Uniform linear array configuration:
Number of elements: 12
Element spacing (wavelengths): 0.75
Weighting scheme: binomial
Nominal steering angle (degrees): -15
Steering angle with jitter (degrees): -13.491
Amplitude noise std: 0.05
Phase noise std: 0.05

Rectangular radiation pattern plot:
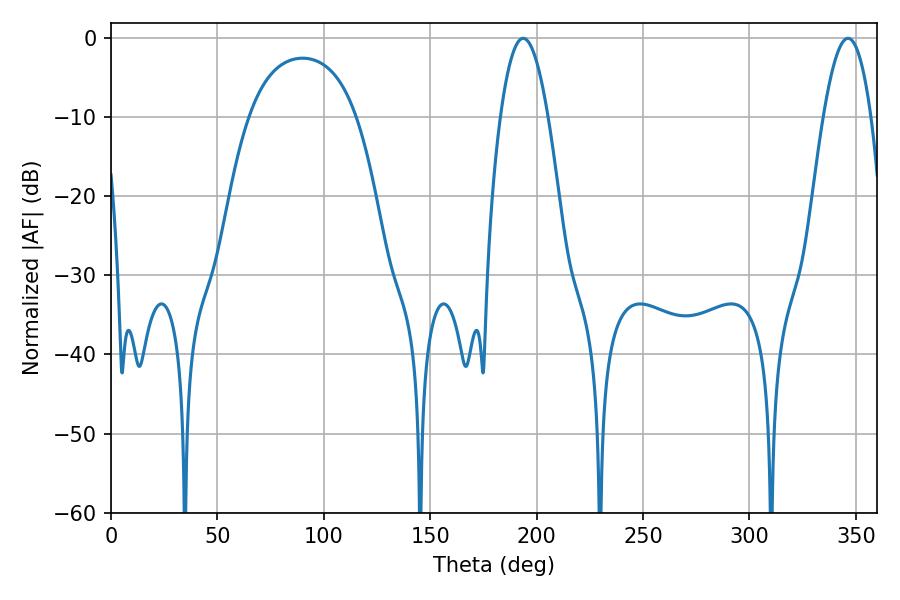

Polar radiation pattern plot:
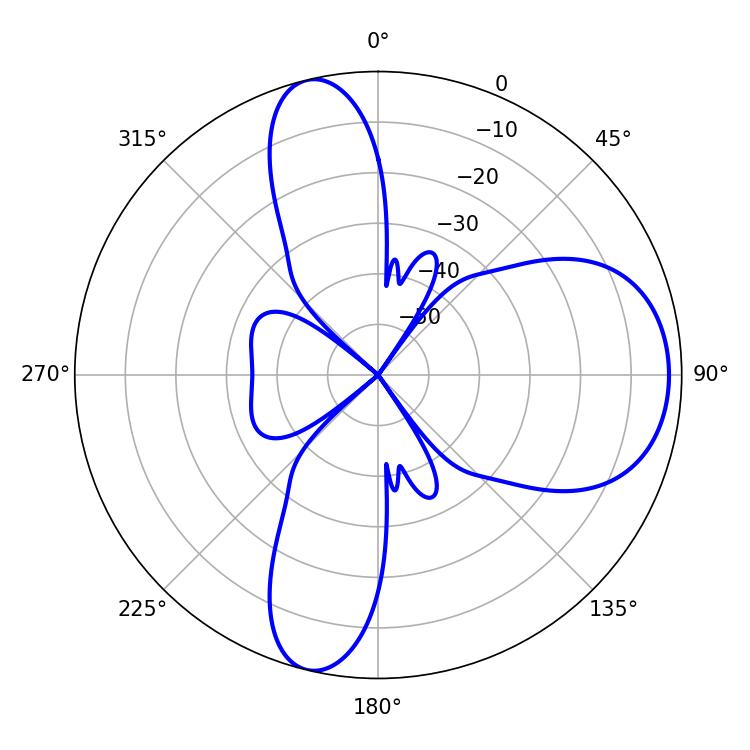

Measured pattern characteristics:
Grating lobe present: TRUE
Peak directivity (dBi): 9.445
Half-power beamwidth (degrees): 12.24
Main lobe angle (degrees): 193.68